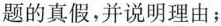
题，判断逆命题的真假，并说明理由；